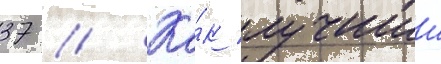
37 // Ка́к лучшии